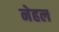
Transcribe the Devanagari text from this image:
नेहल